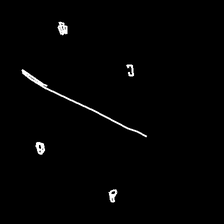
Glyph: cool